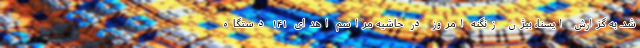
شد. به گزارش ایسنا، بیژن زنگنه امروز در حاشیه مراسم اهدای ۱۴۱ دستگاه